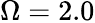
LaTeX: \Omega=2.0